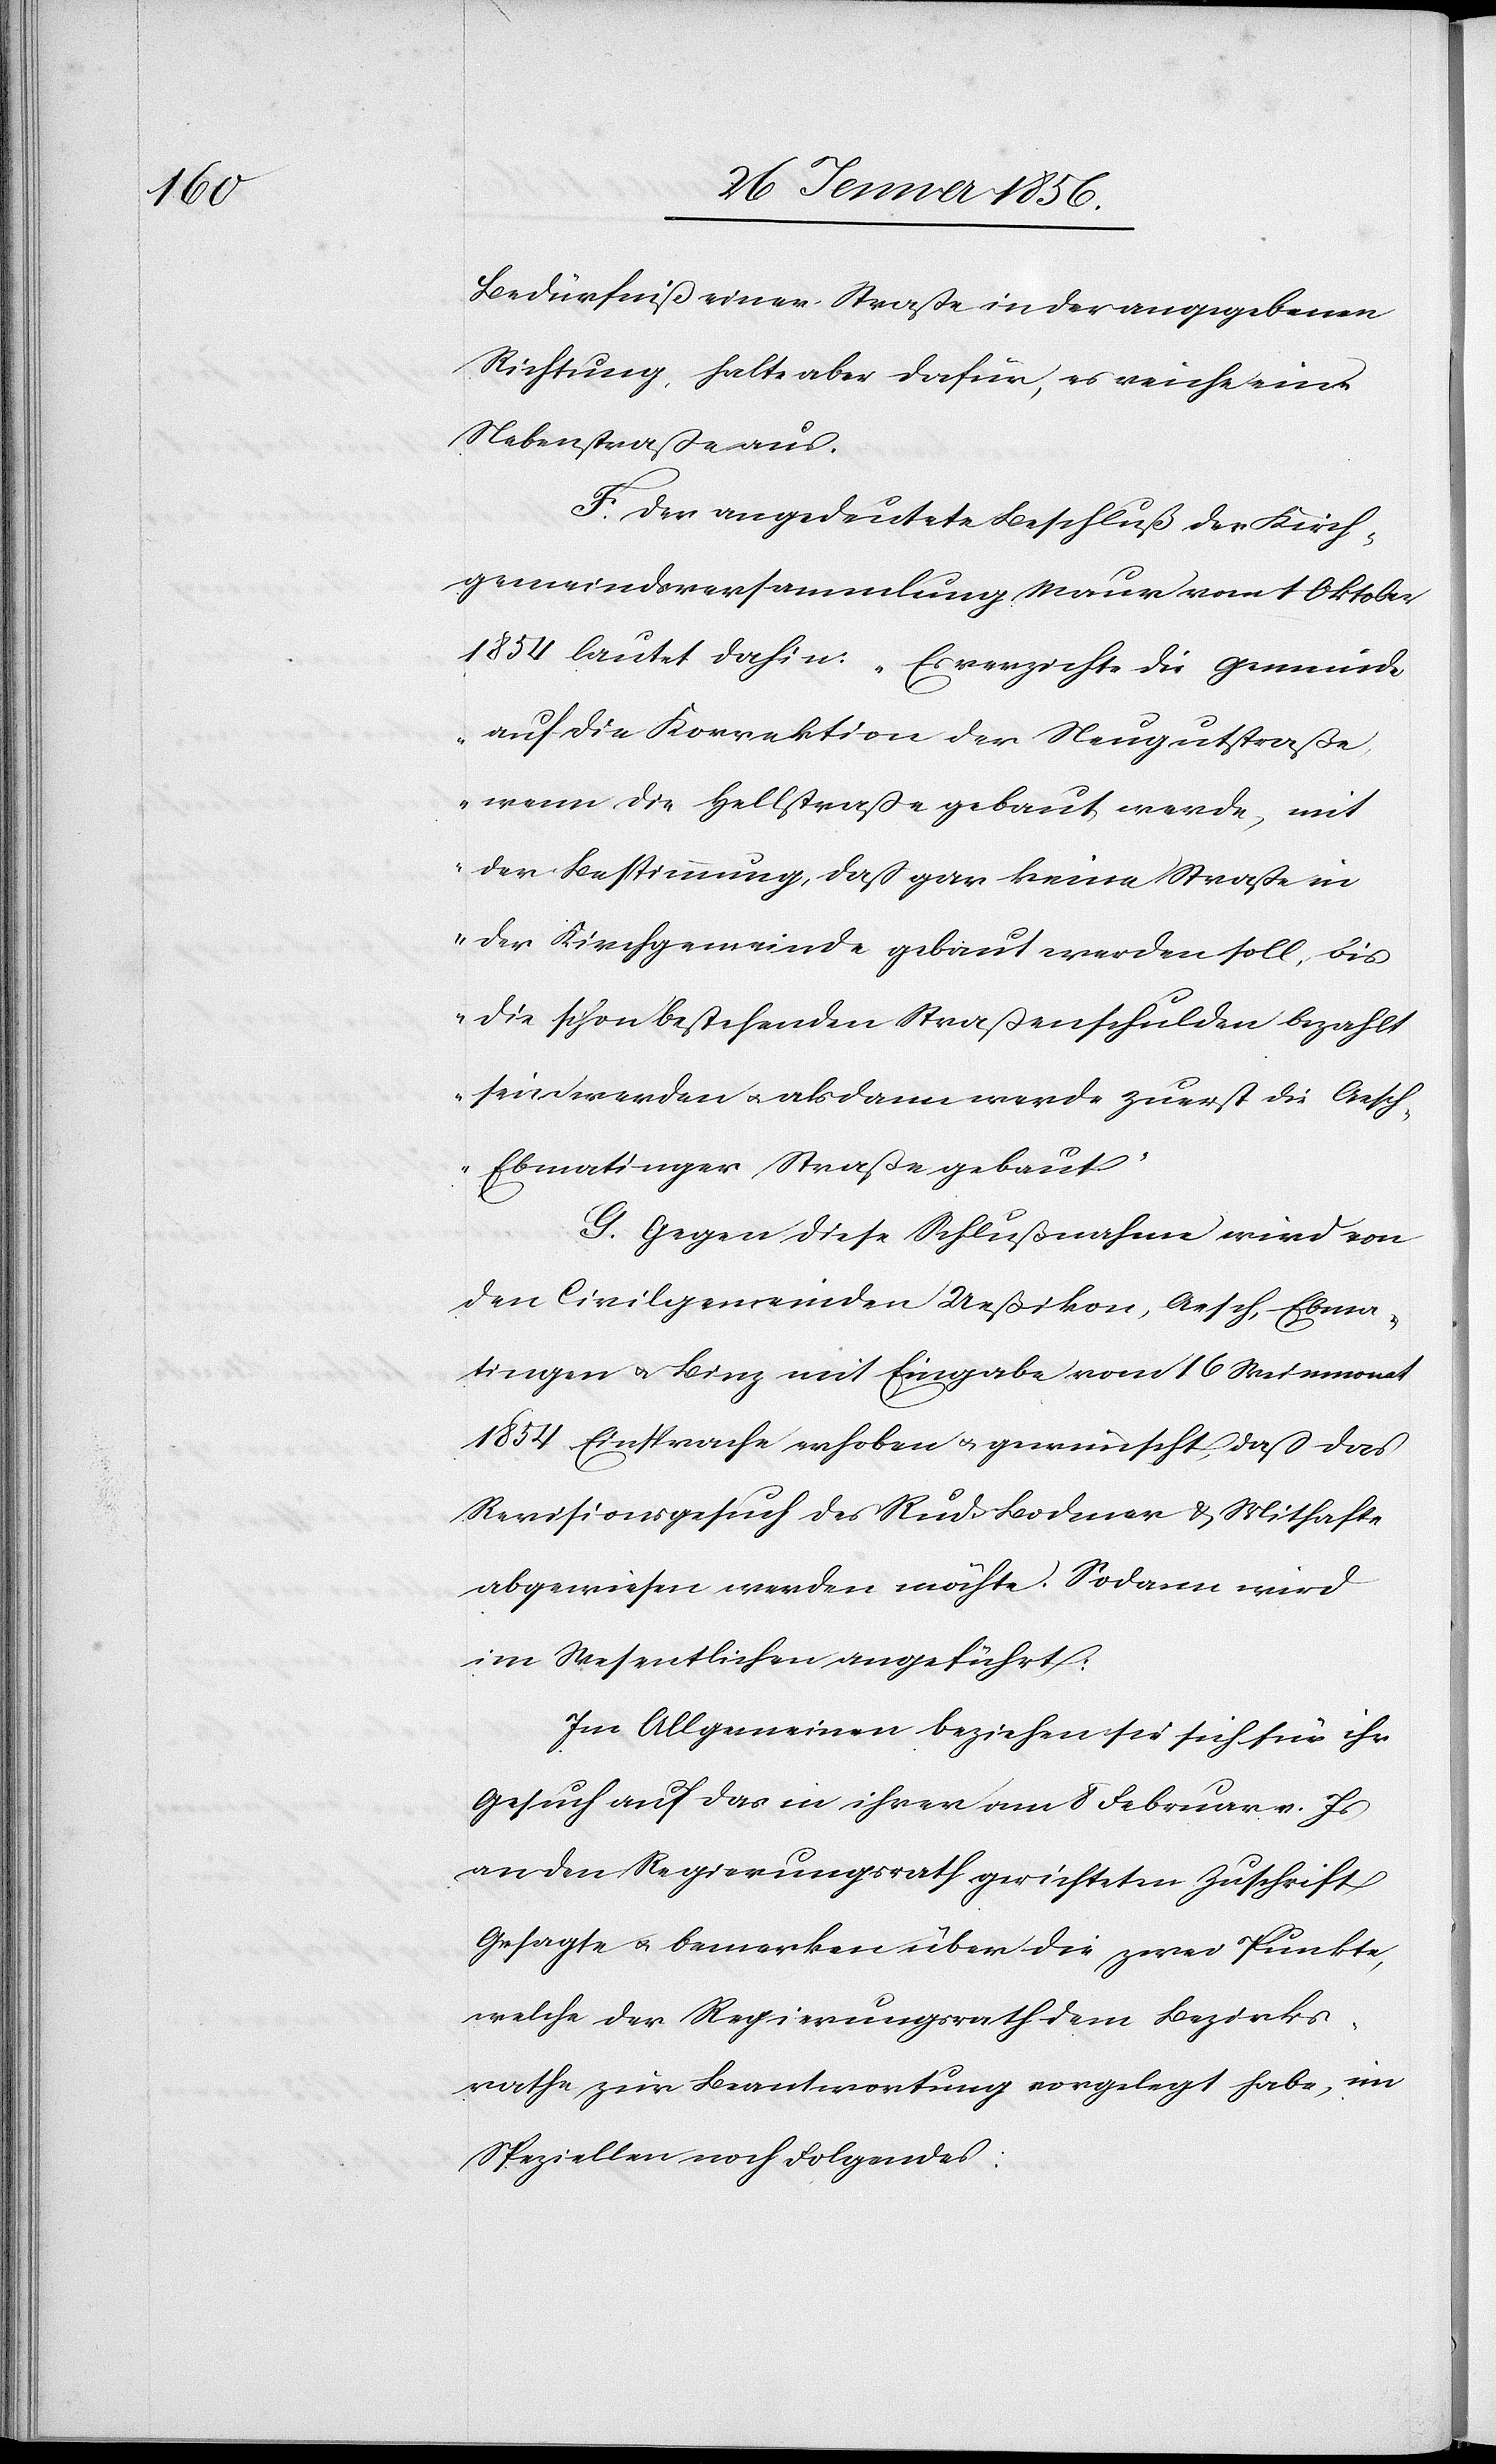
Bedürfniß einer Straße in der angegebenen
Richtung, halte aber dafür, es reiche eine
Nebenstraße aus.
F. Der angedeutete Beschluß der Kirch¬
gemeindsversammlung Maur vom 1 Oktober
1854 lautet dahin: „Es verzichte die Gemeinde
auf die Korrektion der Neugutstraße,
wenn die Hellstraße gebaut werde, mit
der Bestimmung, daß gar keine Straße in
der Kirchgemeinde gebaut werden soll, bis
die schon bestehenden Straßenschulden bezahlt
sein werden u. als dann werde zuerst die Aesc¬
h-Ebmatingen Straße gebaut.“
G. Gegen diese Schlußnahme wird von
den Civilgemeinden Ueßikon, Aesch, Ebma¬
tingen u. Binz mit Eingabe vom 16 Weinmonat
1854 Einsprache erhoben u. gewünscht, daß das
Revisionsgesuch des Rud. Bodmer & Mithafte
abgewiesen werden möchte. Sodann wird
im Wesentlichen angeführt:
Im Allgemeinen beziehen sie sich für ihr
Gesuch auf das in ihrer am 8 Februar v. Js
an den Regierungsrath gerichteten Zuschrift
Gesagte u. bemerken über die zwei Punkte,
welche der Regierungsrath dem Bezirks¬
rathe zur Beantwortung vorgelegt habe, im
Speziellen noch Folgendes: